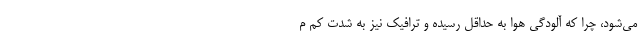
می‌شود، چرا که آلودگی هوا به حداقل رسیده و ترافیک نیز به شدت کم م